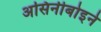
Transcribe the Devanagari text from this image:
असिनीबोइने